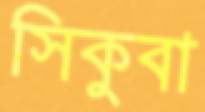
সিকুবা